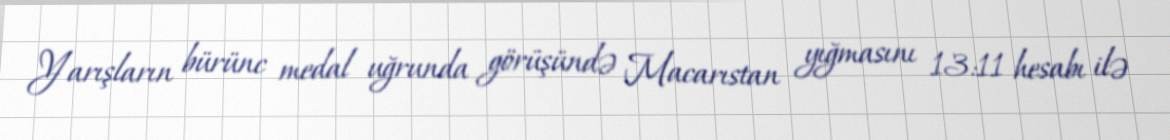
Yarışların bürünc medal uğrunda görüşündə Macarıstan yığmasını 13:11 hesabı ilə